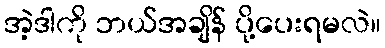
အဲ့ဒါကို ဘယ်အချိန် ပို့ပေးရမလဲ။